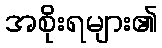
အစိုးရများ၏